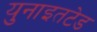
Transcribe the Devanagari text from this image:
युनाइतटेड